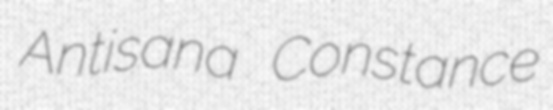
Antisana Constance